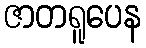
ဇာတရူပေန